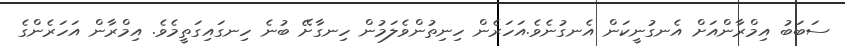
ސަބަބު އިމްރާންއަށް އެނގުނީކަން އެނގުނެވެ.އަހަރެން ހިނިތުންވެލަމުން ހިނގާށޭ ބުނެ ހިނގައިގަތީމެވެ. އިމްރާން އަހަރެންގެ